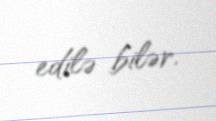
edilə bilər.